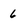
Character: 6